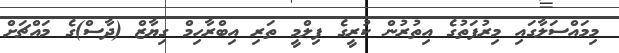
މިމައްސަލާގައި މިރުފަތުގެ އިތުރުން ކުރީގެ ފިލްމީ ތަރި އިބްރާހިމް ގިޔާޒް (ދާސް)ގެ މައްޗަށް